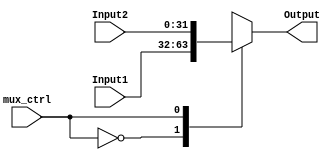
module AddressMux2x1  ( input mux_ctrl , 
	input signed [31:0] Input1 ,
	input signed [31:0] Input2  ,
	output reg signed [31:0] Output ) ;

always @ ( mux_ctrl or Input1 or Input2 )
begin 
  case (mux_ctrl)

0:
begin
Output = Input1 ;
end

1:
begin
Output = Input2 ;
end

endcase 

end

endmodule